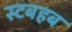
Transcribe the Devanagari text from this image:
स्टबहब